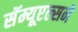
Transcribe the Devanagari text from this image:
सॅम्यूएल्सने